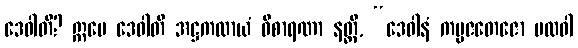
ဒေဝါတိ? ဣမေ ဒေဝါတိ အဋ္ဌကထာယံ ဝိစာရဏာ နတ္ထိ, “ဒေဝါနံ ကမ္မဇတေဇော ဗလဝါ